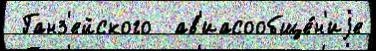
 Ганз'ейского  ав'иасообще́н'иjе